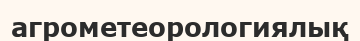
агрометеорологиялық